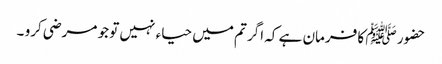
حضور ﷺ کا فرمان ہے کہ اگر تم میں حیاء نہیں تو جو مرضی کرو ۔